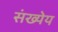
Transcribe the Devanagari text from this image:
संख्येय